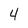
Character: 4